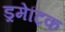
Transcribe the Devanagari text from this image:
ड्रमेटिक